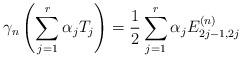
LaTeX: \begin{align*}\gamma_n\left( \sum_{j=1}^r \alpha_j T_j\right)=\frac{1}{2}\sum_{j=1}^r \alpha_j E^{(n)}_{2j-1,2j}\end{align*}